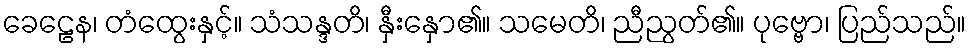
ခေဠေန၊ တံထွေးနှင့်။ သံသန္ဒတိ၊ နှီးနှော၏။ သမေတိ၊ ညီညွတ်၏။ ပုဗ္ဗော၊ ပြည်သည်။